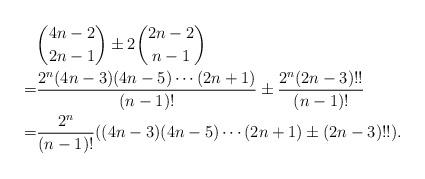
LaTeX: \begin{align*}&\binom{4n-2}{2n-1}\pm2\binom{2n-2}{n-1}\\=&\frac{2^n(4n-3)(4n-5)\cdots(2n+1)}{(n-1)!}\pm\frac{2^n(2n-3)!!}{(n-1)!}\\=&\frac{2^n}{(n-1)!}((4n-3)(4n-5)\cdots(2n+1)\pm(2n-3)!!).\end{align*}